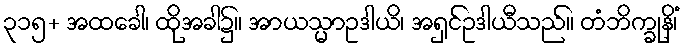
၃၁၅+ အထခေါ၊ ထိုအခါ၌။ အာယသ္မာဥဒါယိ၊ အရှင်ဥဒါယီသည်။ တံဘိက္ခုနိံ၊